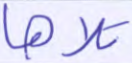
تلاها